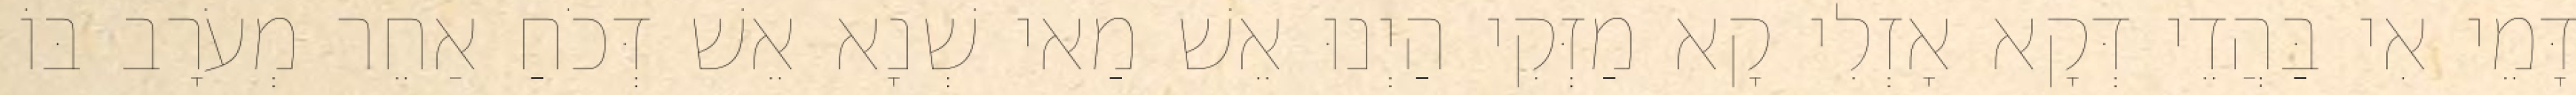
דָּמֵי אִי בַּהֲדֵי דְּקָא אָזְלִי קָא מַזְּקִי הַיְנוּ אֵשׁ מַאי שְׁנָא אֵשׁ דְּכֹחַ אַחֵר מְעֹרָב בּוֹ